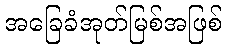
အခြေခံအုတ်မြစ်အဖြစ်